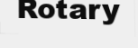
Rotary